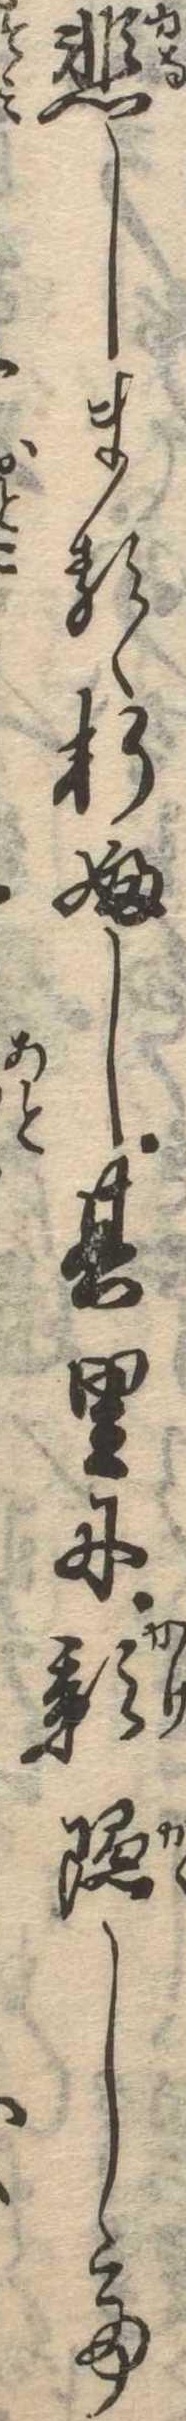
悲しまるゝ折ふし其里に影隠して